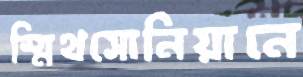
স্মিথসোনিয়ানে